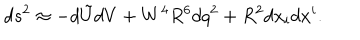
LaTeX: d s ^ { 2 } \approx - d \tilde { U } d V + W ^ { 4 } R ^ { 6 } d q ^ { 2 } + R ^ { 2 } d x _ { i } d x ^ { i } .